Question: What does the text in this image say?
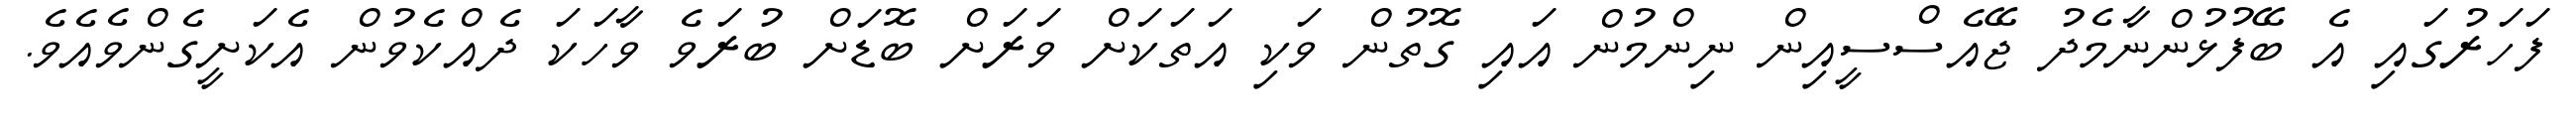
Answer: ފަހަރުގައި އެ ބޭފުޅުންނާމެދު ޖޭއެސްސީއިން ނިންމުން އައި ގޮތުން ވަކި އަތަކަށް ވަރަށް ބޮޑަށް ބުރަވެ ވާހަކަ ދެއްކެވުން އެކަށީގެންވެއެވެ.